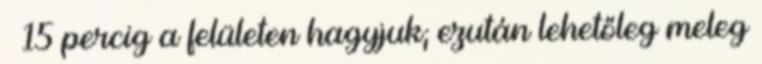
– 15 percig a felületen hagyjuk; ezután lehetőleg meleg